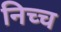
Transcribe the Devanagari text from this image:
निच्च